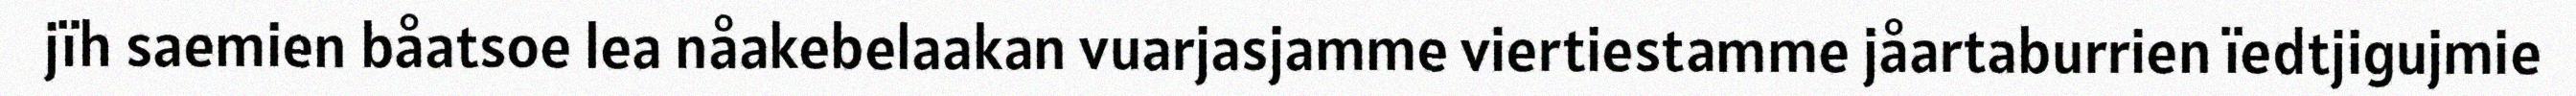
jïh saemien båatsoe lea nåakebelaakan vuarjasjamme viertiestamme jåartaburrien ïedtjigujmie